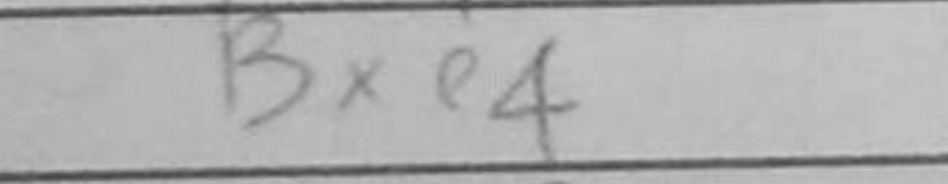
Transcription: Bxe4